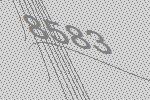
8583